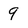
Character: 9